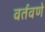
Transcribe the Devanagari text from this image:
वर्तवणे